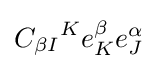
{C_{\beta I}}^{K}e_{K}^{\beta }e_{J}^{\alpha }